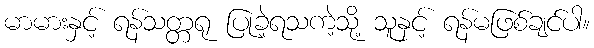
မာမားနှင့် ရန်သတ္တရု ပြုခဲ့ရသကဲ့သို့ သူနှင့် ရန်မဖြစ်ချင်ပါ။